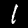
Label: 1